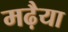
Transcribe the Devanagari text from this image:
मढ़ैया